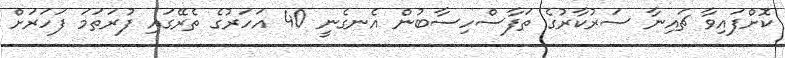
ކޮށްފައިވާ ޗައިނާ ސަރުކާރުގެ ތަފާސްހިސާބުން އެނގެނީ 40 އަހަރުގެ ތެރޭގައި ފުރަތަމަ ފަހަރަށް